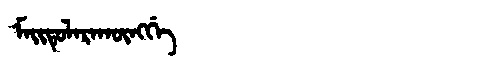
Manchu: ᠮᠠᡳᡨᡠᠯᠠᡵᠠᡴᡡᠩᡤᡝ
Romanization: MAITULARAKŪNGGE